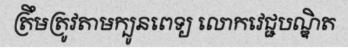
ត្រឹមត្រូវតាមក្បូនពេទ្យ លោកវេជ្ជបណ្ឌិត